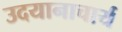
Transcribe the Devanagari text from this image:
उदयानाचार्य